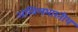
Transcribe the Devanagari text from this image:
अखिलभारतीय